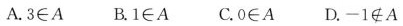
A.3\inA B.1\inA C.0\inA D.-1\inA